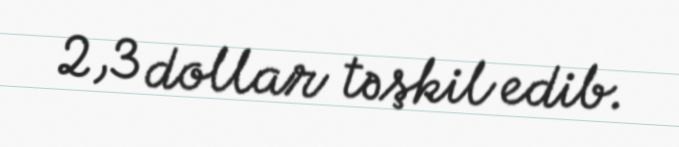
2,3 dollar təşkil edib.